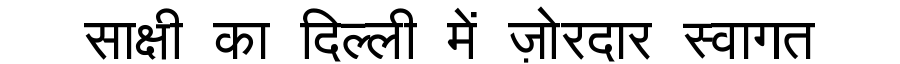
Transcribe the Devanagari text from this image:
साक्षी का दिल्ली में ज़ोरदार स्वागत